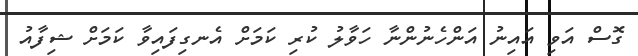
ގޮސް އަވި އައިނު އަންހެނުންނާ ހަވާލު ކުރި ކަމަށް އެނގިފައިވާ ކަމަށް ޝިފާއު